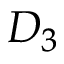
D _ { 3 }